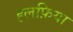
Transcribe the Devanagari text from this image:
हलफ़िया